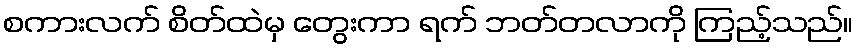
စကားလက် စိတ်ထဲမှ တွေးကာ ရက် ဘတ်တလာကို ကြည့်သည်။